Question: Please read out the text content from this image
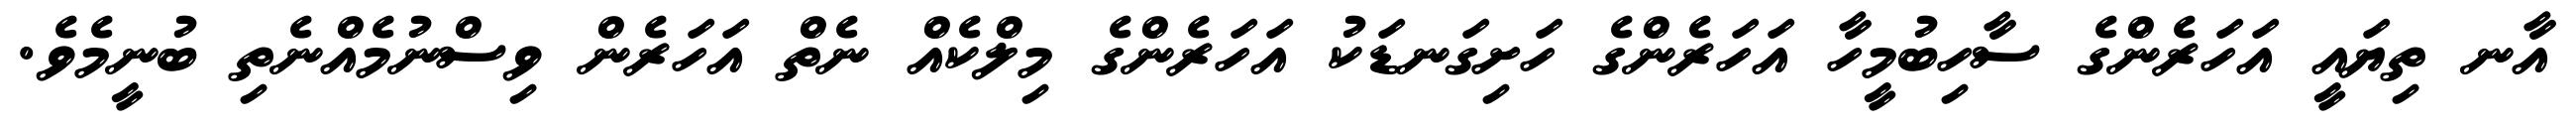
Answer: އާނ ތިޔައީ އަހަރެންގެ ސާހިބުމީހާ އަހަރެންގެ ހަށިގަނޑަކު އަހަރެންގެ މިލްކެއް ނެތް އަހަރެން ވިސްނުމެއްނެތި ބުނީމެވެ.